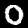
Label: 0